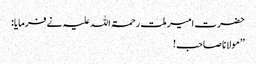
حضرت امیر ملت رحمۃ اللہ علیہ نے فرمایا:
’’مولانا صاحب!